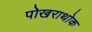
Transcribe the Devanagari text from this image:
पोखराथोक